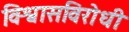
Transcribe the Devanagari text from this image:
विश्वासविरोधी